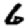
Digit: 6